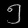
Digit: ၅